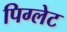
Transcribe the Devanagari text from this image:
पिग्लेट